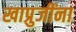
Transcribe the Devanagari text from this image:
खाप्रुजींना